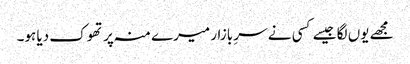
مجھے یوں لگا جیسے کسی نے سرِ بازار میرے منہ پر تھوک دیا ہو۔